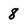
Character: 8